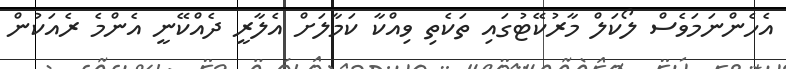
އެހެންނަމަވެސް ލޯކަލް މާރުކޭޓުގައި ތަކެތި ވިއްކާ ކަމާލަށް އެލާރީ ދެއްކޭނީ އެންމެ ރެއަކުން